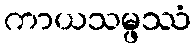
ကာယသမ္ဖဿံ